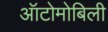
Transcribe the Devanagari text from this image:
ऑटोमोबिली